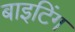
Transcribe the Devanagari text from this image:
बाइटिंग